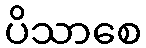
ပိသာစေ